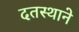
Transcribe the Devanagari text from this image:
दतस्थाने